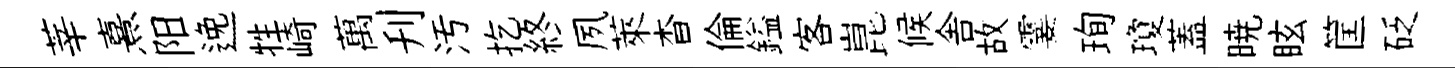
莘熹阳𨓜牲崎萬刋汚扢終夙萊杳倫鎰客崑候舎故霎珣瓊蓋暁眩筐砭